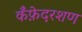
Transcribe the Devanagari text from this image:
कँफ़ेदरशण